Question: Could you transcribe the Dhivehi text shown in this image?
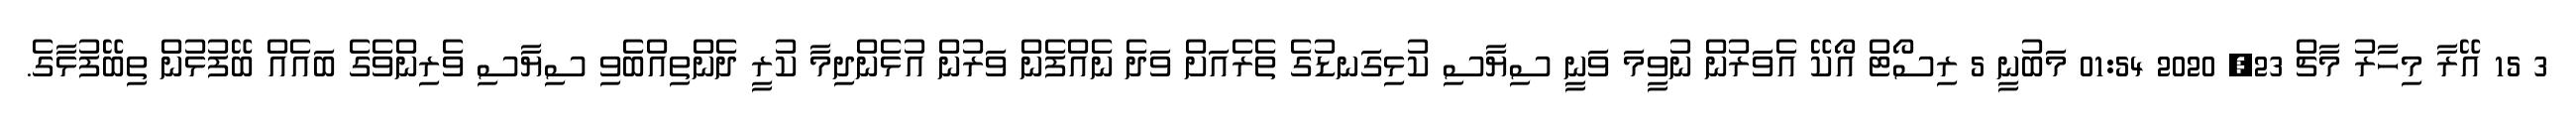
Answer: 3 15 އޭރާ މިހާރު މާޗް 23, 2020 01:54 މަބުނީ 5 ރިސޯޓް އޯކޭ އެވަރުން ނުވީމަ ވަނީ ސިޔާސި ކުޅިގަނޑުގެ ތެރެއަށް ވަދެ ނެއްފެން ވަރުން އުޅެންދިމާ ކުރީ ދެންތިއްބެވި ސިޔާސި ވެރިންވެގެ ބައެއް ބޭފުޅުން ތިބޭފުޅާގެ.